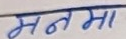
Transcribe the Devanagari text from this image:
मनमा